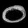
Digit: ၀